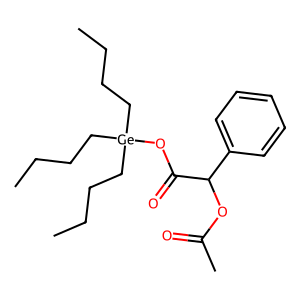
SMILES: CCCC[Ge](CCCC)(CCCC)OC(=O)C(OC(C)=O)c1ccccc1
Inhibits HIV replication: No